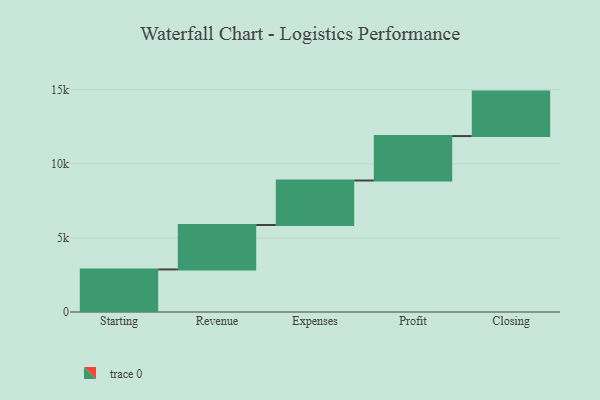
{"axis": {"x": "Step", "y": "Value"}, "legend": [""], "data": [{"x": "Starting", "y": 2872.0, "type": ""}, {"x": "Revenue", "y": 3000, "type": ""}, {"x": "Expenses", "y": 3000, "type": ""}, {"x": "Profit", "y": 3000, "type": ""}, {"x": "Closing", "y": 3000, "type": ""}]}